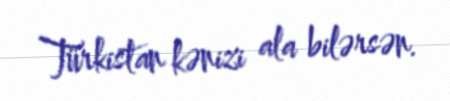
Türkistan kənizi ala bilərsən.